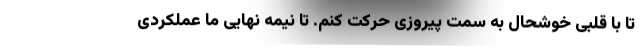
تا با قلبی خوشحال به سمت پیروزی حرکت کنم. تا نیمه نهایی ما عملکردی